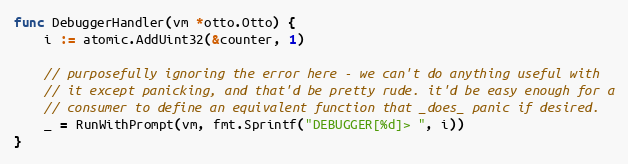
Language: Go
func DebuggerHandler(vm *otto.Otto) {
	i := atomic.AddUint32(&counter, 1)

	// purposefully ignoring the error here - we can't do anything useful with
	// it except panicking, and that'd be pretty rude. it'd be easy enough for a
	// consumer to define an equivalent function that _does_ panic if desired.
	_ = RunWithPrompt(vm, fmt.Sprintf("DEBUGGER[%d]> ", i))
}